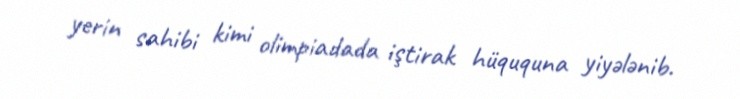
yerin sahibi kimi olimpiadada iştirak hüququna yiyələnib.